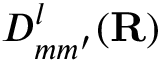
D _ { m m ^ { \prime } } ^ { l } ( \mathbf R )